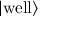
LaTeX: | \mathrm { w e l l } \rangle